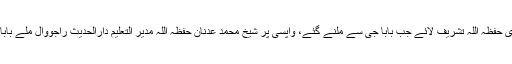
مذکورہ واقعہ سے چند دن پہلے دارالحدیث راجووال میں شیخ محمد حسین ظاہری حفظہ اللہ تشریف لائے جب بابا جی سے ملنے گئے، واپسی پر شیخ محمد عدنان حفظہ اللہ مدیر التعلیم دارالحدیث راجووال ملے بابا جی نام پوچھا اور پھر سوال کیا کہ عدنان کیا صیغہ ہے اس کا کیا معنی ہے ؟